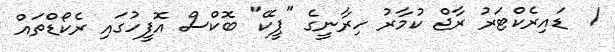
1  ޑައިރެކްޓަރު ރާޖް ކުމާރު ހިރާނީގެ "ޕީކޭ" ބޮކްސް އޮފީހުގައި ރެކޯޑްތައް